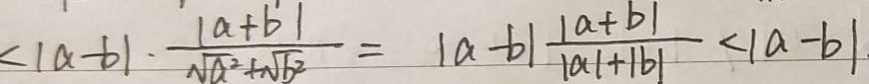
< \vert a - b \vert \cdot \frac { \vert a + b \vert } { \sqrt { a ^ { 2 } } + \sqrt { b ^ { 2 } } } = \vert a - b \vert \frac { \vert a + b \vert } { \vert a \vert + \vert b \vert } < \vert a - b \vert